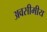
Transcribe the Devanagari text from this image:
अवसीमीय